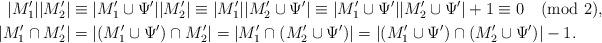
LaTeX: \begin{align*}|M_1'||M'_2| &\equiv |M_1'\cup\Psi'||M'_2|\equiv |M_1'||M'_2\cup\Psi'|\equiv |M_1'\cup\Psi'||M'_2\cup\Psi'|+1\equiv 0\pmod 2, \\|M_1'\cap M'_2| &= |(M_1'\cup\Psi')\cap M'_2|=|M_1'\cap(M'_2\cup\Psi')|=|(M_1'\cup\Psi')\cap(M'_2\cup\Psi')|-1.\end{align*}